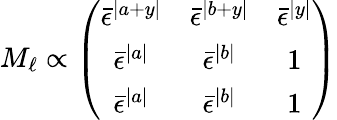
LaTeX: M_{\ell}\propto\left(\begin{array}{ccc}{{\bar{\epsilon}^{|a+y|}}}&{{\bar{\epsilon}^{|b+y|}}}&{{\bar{\epsilon}^{|y|}}}\\ {{\bar{\epsilon}^{|a|}}}&{{\bar{\epsilon}^{|b|}}}&{{1}}\\ {{\bar{\epsilon}^{|a|}}}&{{\bar{\epsilon}^{|b|}}}&{{1}}\end{array}\right)